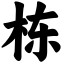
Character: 栋